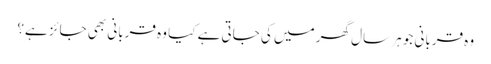
وہ قربانی جو ہر سال گھر میں کی جاتی ہے کیا وہ قربانی بھی جائز ہے؟